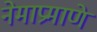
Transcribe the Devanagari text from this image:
नेमाप्रमाणे